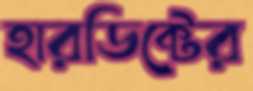
হারডিক্টের